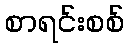
စာရင်းစစ်